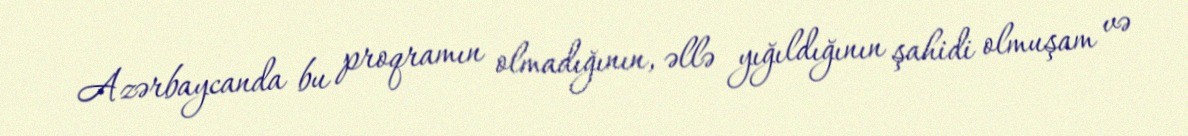
Azərbaycanda bu proqramın olmadığının, əllə yığıldığının şahidi olmuşam və